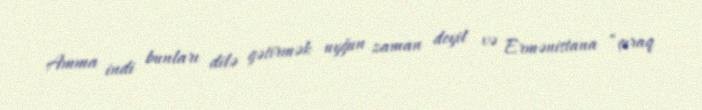
Amma indi bunları dilə gətirmək uyğun zaman deyil və Ermənistana “çıraq